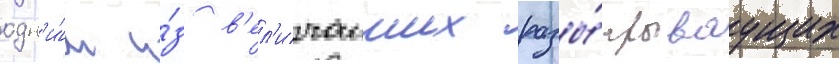
одн'и́м и́з в'ел'ичаиших разы́грываущих